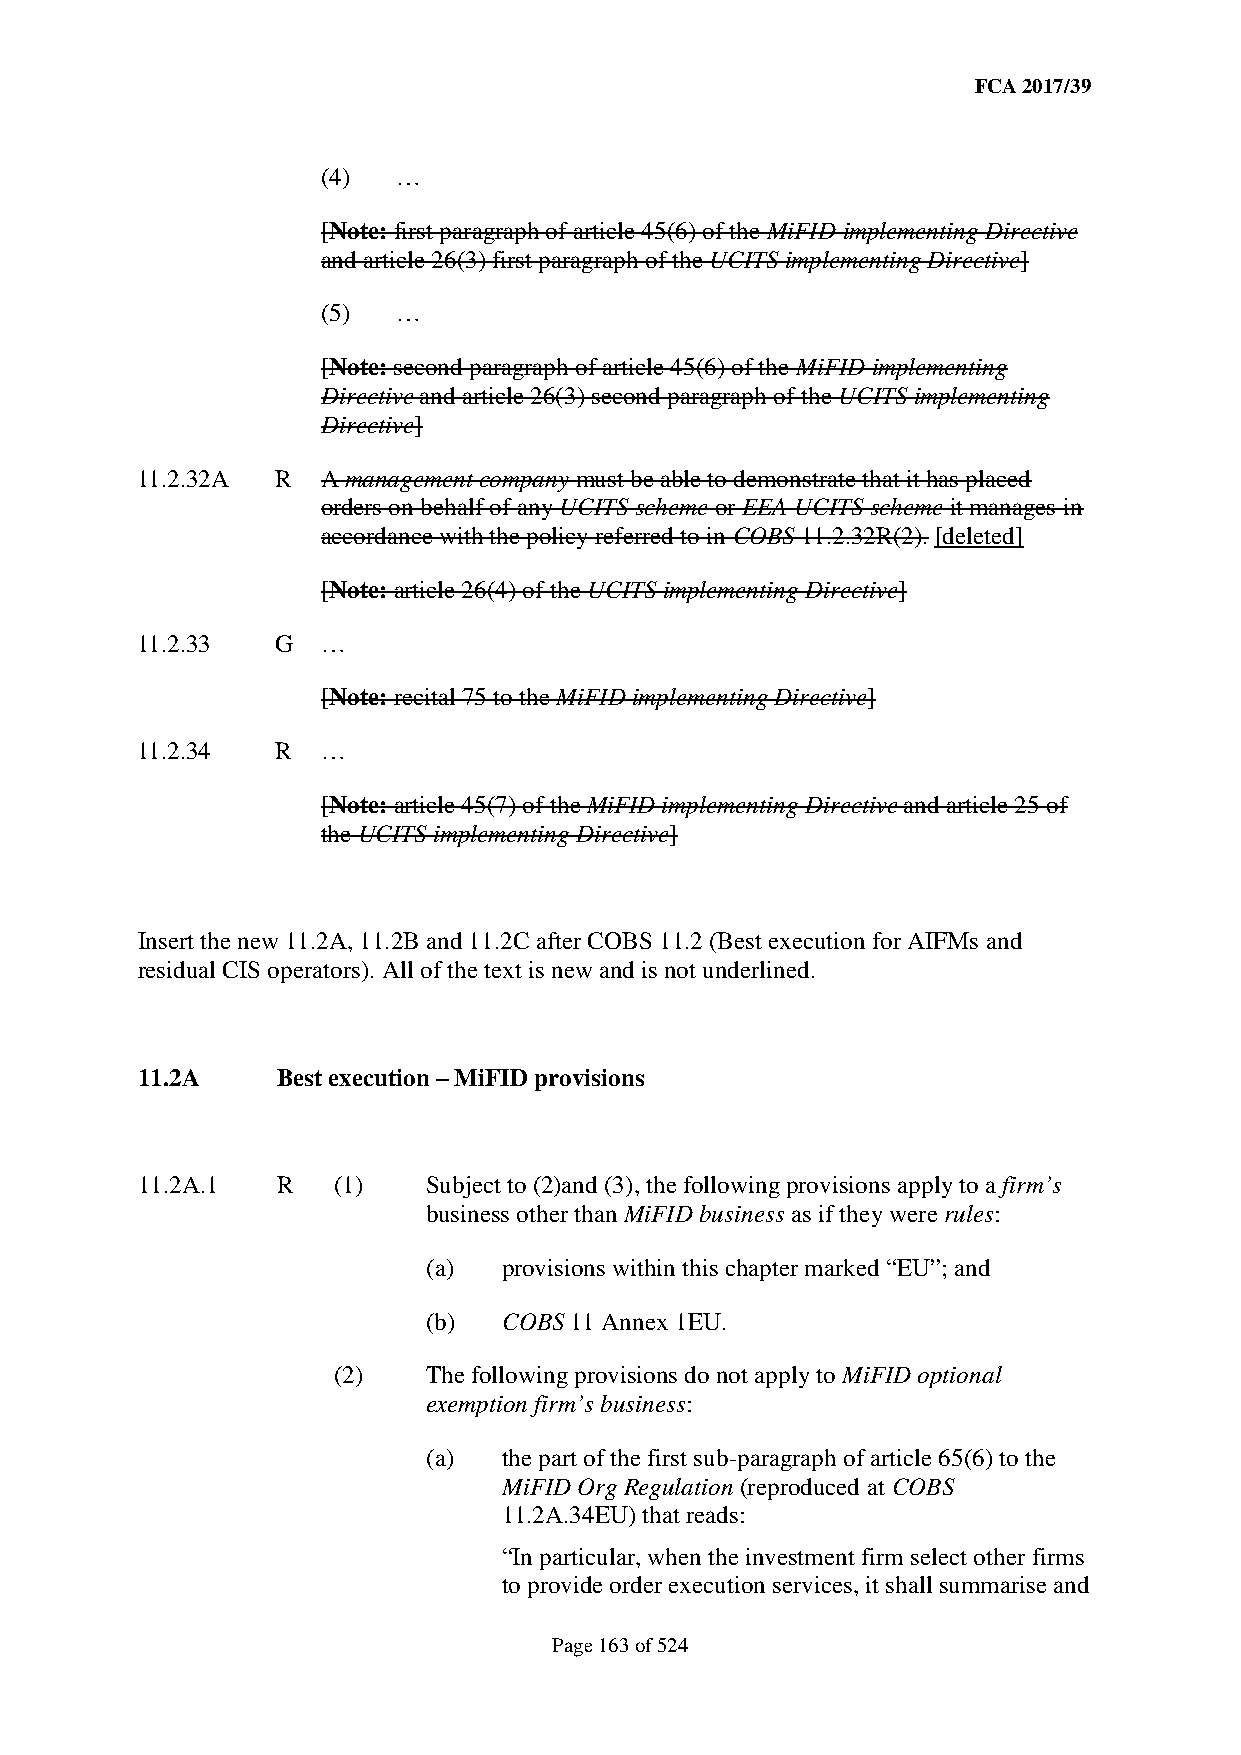
FCA 2017/39
 (4)  …
 [Note: first paragraph of article 45(6) of the MiFID implementing Directive
 and article 26(3) first paragraph of the UCITS implementing Directive]
 (5)  …
 [Note: second paragraph of article 45(6) of the MiFID implementing
 Directive and article 26(3) second paragraph of the UCITS implementing
 Directive]
 11.2.32A R  A management company must be able to demonstrate that it has placed
 orders on behalf of any UCITS scheme or EEA UCITS scheme it manages in
 accordance with the policy referred to in COBS 11.2.32R(2). [deleted]
 [Note: article 26(4) of the UCITS implementing Directive]
 11.2.33  G  …
 [Note: recital 75 to the MiFID implementing Directive]
 11.2.34  R  …
 [Note: article 45(7) of the MiFID implementing Directive and article 25 of
 the UCITS implementing Directive]
 Insert the new 11.2A, 11.2B and 11.2C after COBS 11.2 (Best execution for AIFMs and
 residual CIS operators). All of the text is new and is not underlined.
 11.2A    Best execution – MiFID provisions
 11.2A.1  R   (1)   Subject to (2)and (3), the following provisions apply to a firm’s
 business other than MiFID business as if they were rules:
 (a)  provisions within this chapter marked “EU”; and
 (b)  COBS 11 Annex 1EU.
 (2)   The following provisions do not apply to MiFID optional
 exemption firm’s business:
 (a)  the part of the first sub-paragraph of article 65(6) to the
 MiFID Org Regulation (reproduced at COBS
 11.2A.34EU) that reads:
 “In particular, when the investment firm select other firms
 to provide order execution services, it shall summarise and
 Page 163 of 524